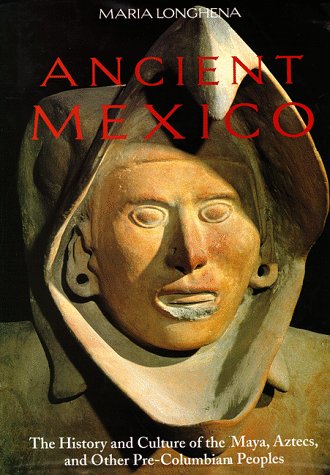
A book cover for Ancient Mexico: The History and Culture of the Maya, Aztecs and Other Pre-Columbian Peoples; Maria Longhena; History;